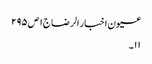
عیون اخبار الرضا ج١ ص ٢٩٥
١١۔